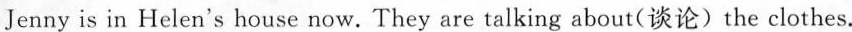
Jenny is in Helen's house now.They are talking about(谈论)the clothes.